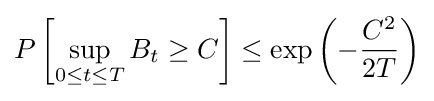
P\left[\sup _{0\leq t\leq T}B_{t}\geq C\right]\leq \exp \left(-{\frac {C^{2}}{2T}}\right)